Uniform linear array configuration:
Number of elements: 64
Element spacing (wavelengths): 0.25
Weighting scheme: exponential
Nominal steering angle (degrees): -15
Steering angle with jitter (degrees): -14.404
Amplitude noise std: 0.05
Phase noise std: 0.05

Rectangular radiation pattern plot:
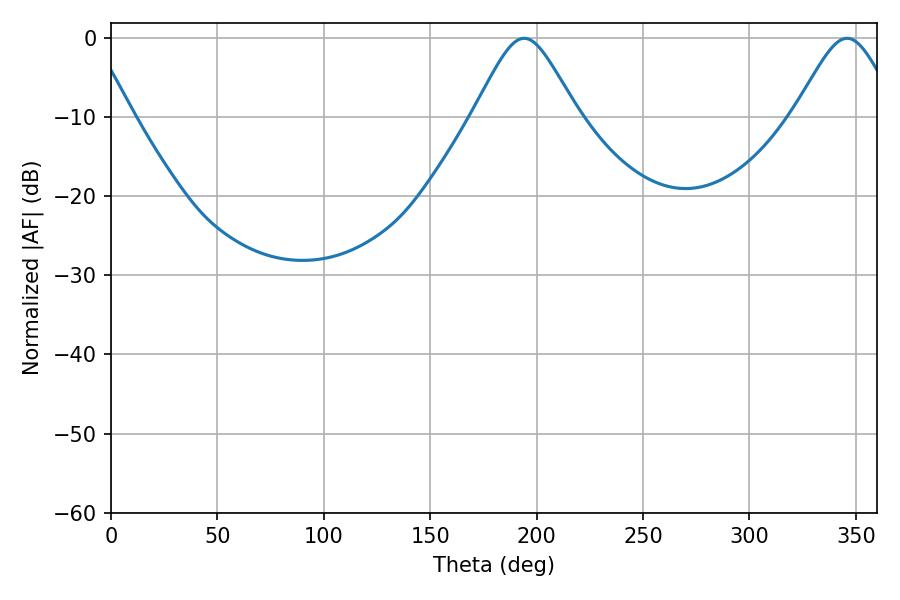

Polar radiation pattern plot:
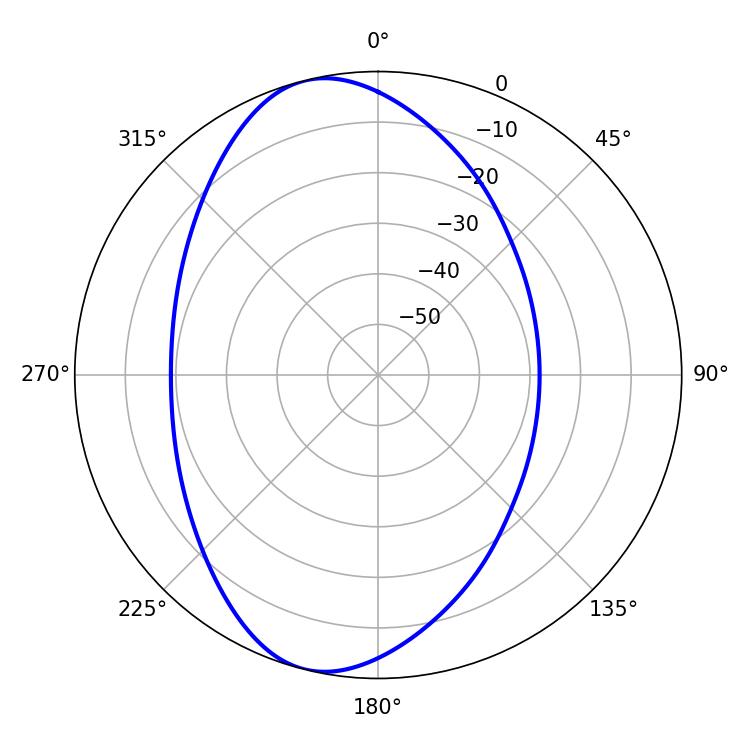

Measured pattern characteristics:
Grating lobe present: FALSE
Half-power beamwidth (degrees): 23.94
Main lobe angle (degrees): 194.22